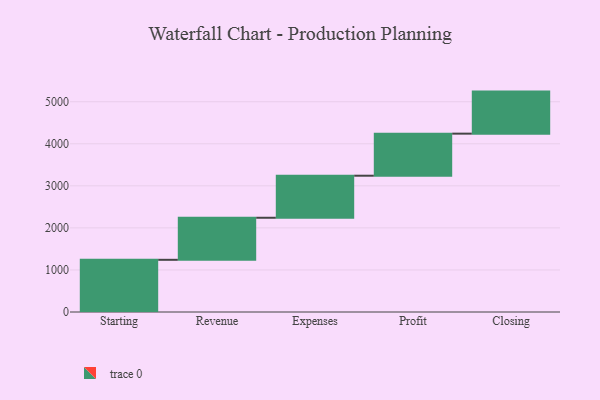
{"axis": {"x": "Step", "y": "Value"}, "legend": [""], "data": [{"x": "Starting", "y": 1241.0, "type": ""}, {"x": "Revenue", "y": 1000, "type": ""}, {"x": "Expenses", "y": 1000, "type": ""}, {"x": "Profit", "y": 1000, "type": ""}, {"x": "Closing", "y": 1000, "type": ""}]}